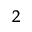
_ 2